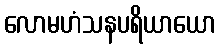
လောမဟံသနပရိယာယော